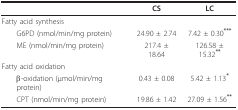
|  | CS | LC |
 | --- | --- | --- |
 | <COLSPAN=3> Fatty acid synthesis |
 | G6PD (nmol/min/mg protein) | 24.90 ± 2.74 | 7.42 ± 0.30*** |
 | ME (nmol/min/mg protein) | 217.4 ± 18.64 | 126.58 ± 15.32** |
 | <COLSPAN=3> Fatty acid oxidation |
 | β-oxidation (μmol/min/mg protein) | 0.43 ± 0.08 | 5.42 ± 1.13* |
 | CPT (nmol/min/mg protein) | 19.86 ± 1.42 | 27.09 ± 1.56** |